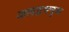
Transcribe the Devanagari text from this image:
जलद्वयणुक